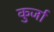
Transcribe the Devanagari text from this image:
कुर्जा